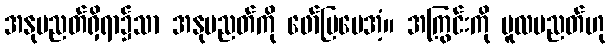
အနုပညတ်ရှိရာ၌သာ အနုပညတ်ကို ဖော်ပြပေအံ့။ အကြွင်းကို မူလပညတ်ဟု